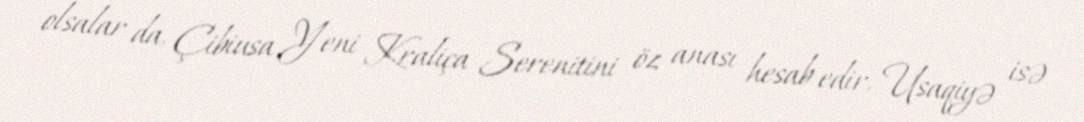
olsalar da, Çibiusa Yeni Kraliça Serenitini öz anası hesab edir, Usaqiyə isə